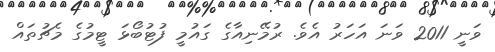
ވަނީ 2011 ވަނަ އަހަރު އެވެ. ރުމޭނިއާގެ ގައުމީ ފުޓުބޯޅަ ޓީމުގެ މެޗުތައް